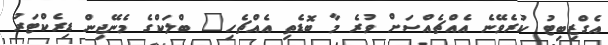
އެގްޒިބިޓު ކުރެވޭނެ އެއްޗެއްސަށް ވުރެ މާ ބޮޑެތި އެއްޗެހި" ބްލަކްގެ މެނޭޖިން ޑިރެކްޓަރު